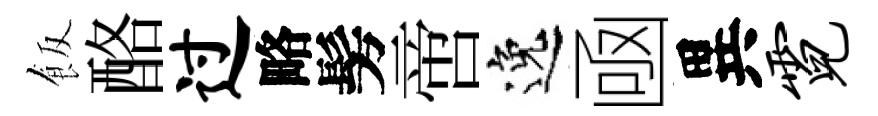
飯酪过略髣啻逸凾異霓